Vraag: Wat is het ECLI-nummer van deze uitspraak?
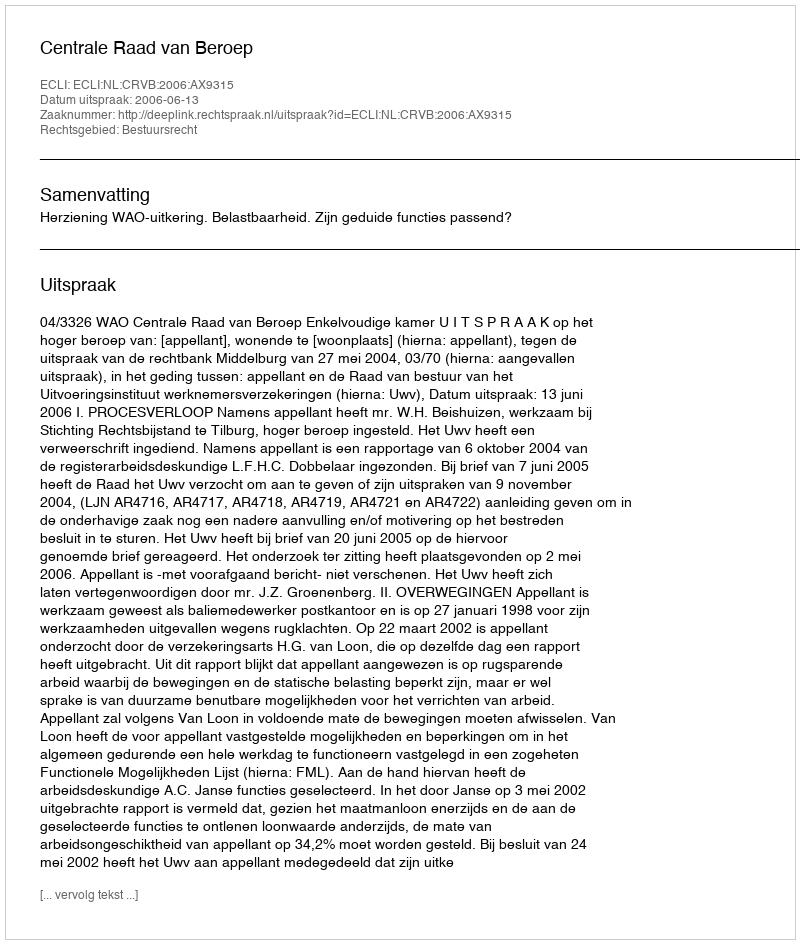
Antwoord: ECLI:NL:CRVB:2006:AX9315